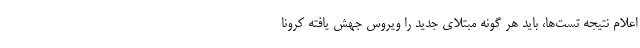
اعلام نتیجه تست‌ها، باید هر گونه مبتلای جدید را ویروس جهش یافته کرونا